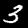
Label: 3